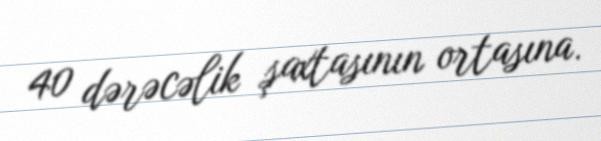
40 dərəcəlik şaxtasının ortasına.